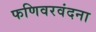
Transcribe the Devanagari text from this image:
फणिवरवंदना